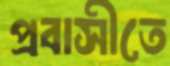
প্রবাসীতে